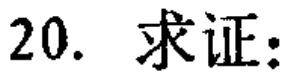
20. 求证：